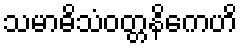
သမာဓိသံဝတ္တနိကေဟိ